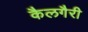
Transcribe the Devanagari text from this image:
कैलगैरी